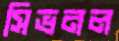
সিভনল